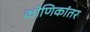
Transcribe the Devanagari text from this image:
कोणिकांतर